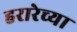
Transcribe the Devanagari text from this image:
हरारेच्या